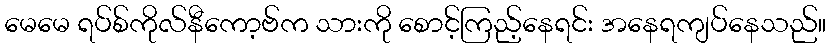
မေမေ ရပ်စ်ကိုလ်နီကော့ဗ်က သားကို စောင့်ကြည့်နေရင်း အနေရကျပ်နေသည်။